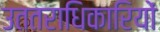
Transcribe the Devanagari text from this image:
उततराधिकारियों